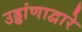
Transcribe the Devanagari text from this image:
उड्डांणाद्वारे